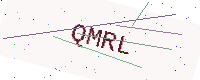
Text: QMRL